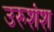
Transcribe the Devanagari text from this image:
उरुशंश